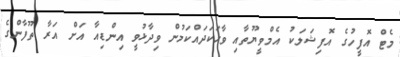
މެޓް އޮފީހުގެ އޮފިޝަލަކު އެމްވީޔޫތާއި ވާހަކަދައްކަމުން ވިދާޅުވީ އިންޑިއާ އަށް އަރާ ތޫފާންގެ